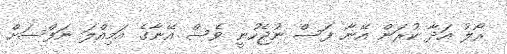
ރޯލު އަދާ ކުރަން އޭނާ ފަސް ނުޖެހުނީ ވެސް އޭނާގެ އަމިއްލަ ނަފްސަށް